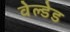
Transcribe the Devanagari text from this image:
वेल्डेड